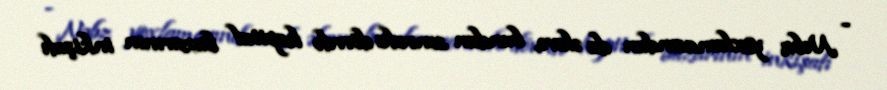
- Nəbz yoxlamasından da əlavə, bundan sonrakı dövrdə kapital bazarının inkişafı